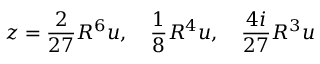
z = \frac { 2 } { 2 7 } R ^ { 6 } u , \quad \frac { 1 } { 8 } R ^ { 4 } u , \quad \frac { 4 i } { 2 7 } R ^ { 3 } u